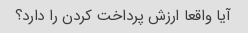
آیا واقعا ارزش پرداخت کردن را دارد؟